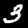
Digit: 3